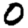
Digit: 0